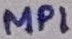
Text: MP1